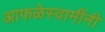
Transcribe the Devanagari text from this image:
आफळेस्वामींनी